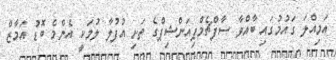
އަމިއްލަ ގައުމުގައި ބާއްވާ ސާފްޗެމްޕިއަންޝިޕްގެ ތަށި އުފުލާ ލުމަކީ އެންމެ ބޮޑު އަމާޒް